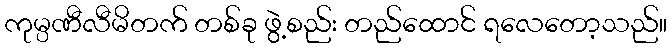
ကုမ္ပဏီလီမိတက် တစ်ခု ဖွဲ့စည်း တည်ထောင် ရလေတော့သည်။